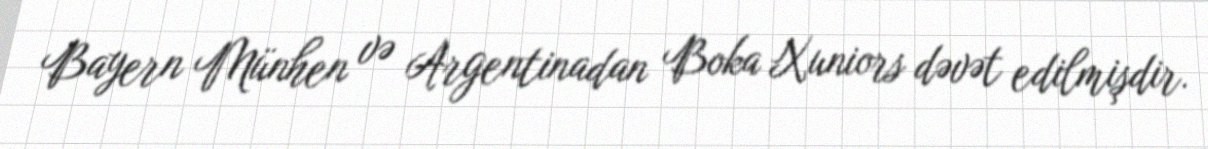
Bayern Münhen və Argentinadan Boka Xuniors dəvət edilmişdir.